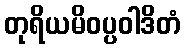
တုရိယမိဝပ္ပဝါဒိတံ